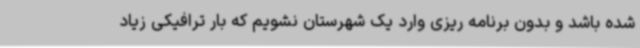
شده باشد و بدون برنامه ریزی وارد یک شهرستان نشویم که بار ترافیکی زیاد